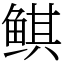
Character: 鲯